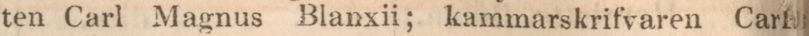
ten Carl Magnus Blanxii; kammarskrifvaren Carl